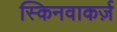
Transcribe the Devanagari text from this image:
स्किनवाकर्ज़